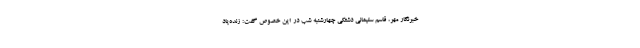
خبرنگار مهر، قاسم سلیمانی دشتکی چهارشنبه شب در این خصوص گفت: زنده‌یاد